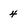
Character: 4